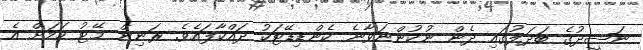
ނަޝީދުގެ ބަދަލުގައި ދެން ނުކުންނަވާނެ ކެންޑިޑޭޓަކު ދައްކާފައެވެ. ރަނިން މޭޓު ކަމަށް އެ